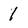
Character: 1